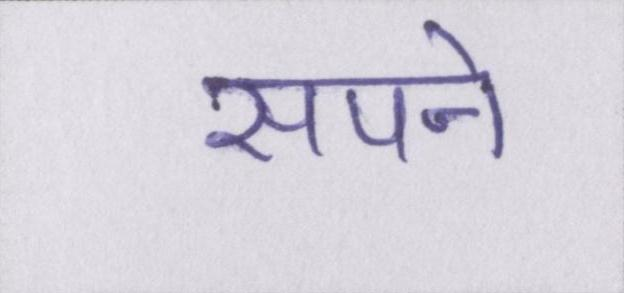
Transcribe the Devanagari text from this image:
सपने